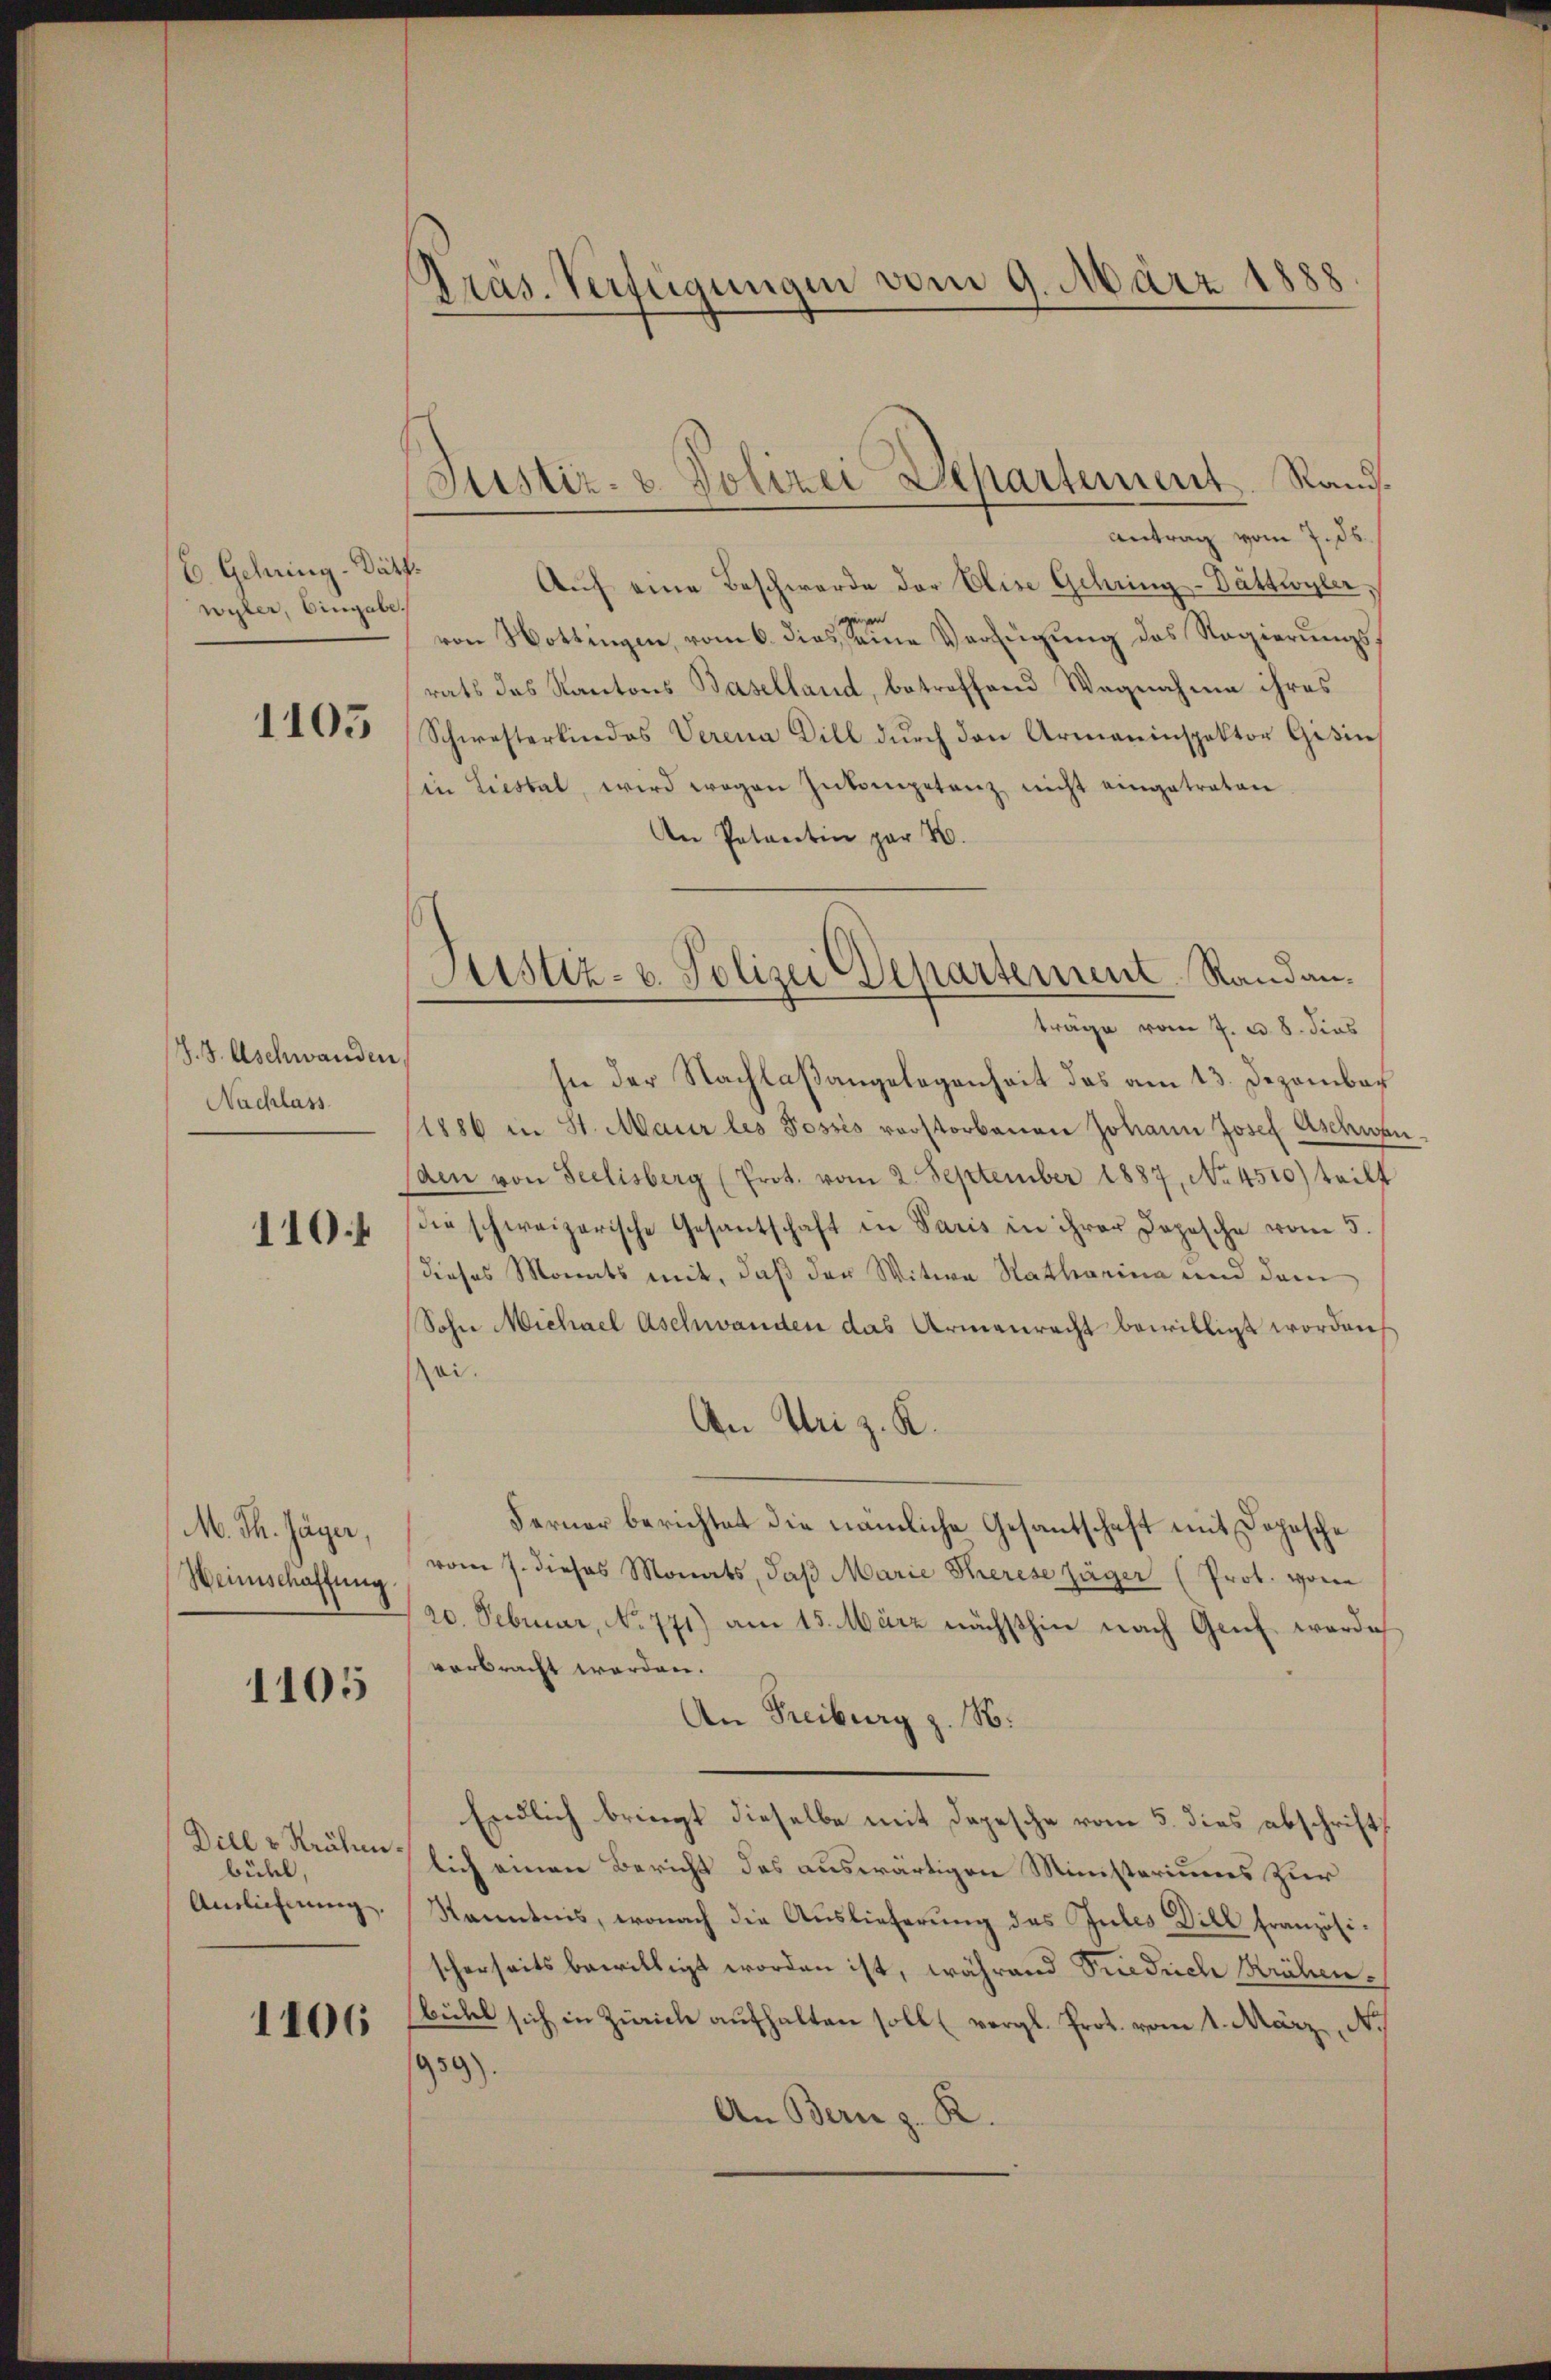
6. Gehring - Dätt
wyler, Eingabe.

1105

J. J. Aschwanden
Nachlass
110.

M. Th. Jäger,
Wennschaffung

1105

Dill v Krähenbühl.
Auslicherung.

1106

Präs. Verfügungen vom 9. März 1888
.

Justiz- u. Polizei Departement. Rand.

Antrag vom 7. ds.
Aŭf eine Beschwerde der Elise Gehring-Dättwyler,
von Nottingen, vom 6. dies seine Verfügung des Regierungsrats des Kantons Baselland, betreffend Wegnahme ihres
Schwesterkindes Verena Dill dŭrch den Armaninspektor Gisin
in Liestal, wird wegen Inkonpetanz nicht eingetraten.
An Patentin par H.
träge vom 7. d. 8. dies
sie der Nachlaßangelegenheit das am 13. Dezember
(1886 in St. Maur les Posses vorstorbenen Johann Josef Aschwen
den von Seelisberg (Prot. vom 2. September 1887, No 4510) teilt
die schweizerische Gesantschaft in Paris in ihrer Depesche vom 5.
dieses Monats mit, daß der Witwe Ratharina und dem
Sohn Michael Aschwanden das Armenrecht bewilligt worden,
ei.
An Uri z. K.
Ferner berichtet die nämliche Gesantschaft mit Dopische
vom 7. dieses Monats, daß Marie Therese Jäger (Prot. von
20. Februar, No 771) am 15. März nächsthin nach Genf werde
verbracht werden.
An Freiburg z. B.
Endlich bringt dieselbe mit Depesche vom 5. dies abschrift
lich einen Bericht des auswärtigen Ministeriums zur
Kenntnis, wonach die Auslieferung des Gutes Dill französischerseits bewilligt worden ist, während Siedliche Krähenbühl sich in Zürich aufhalten soll (vergl. Prot. vom 1. März, N.
959).
An Bern z. R.

Justiz- u. Polizei Departement Randan¬